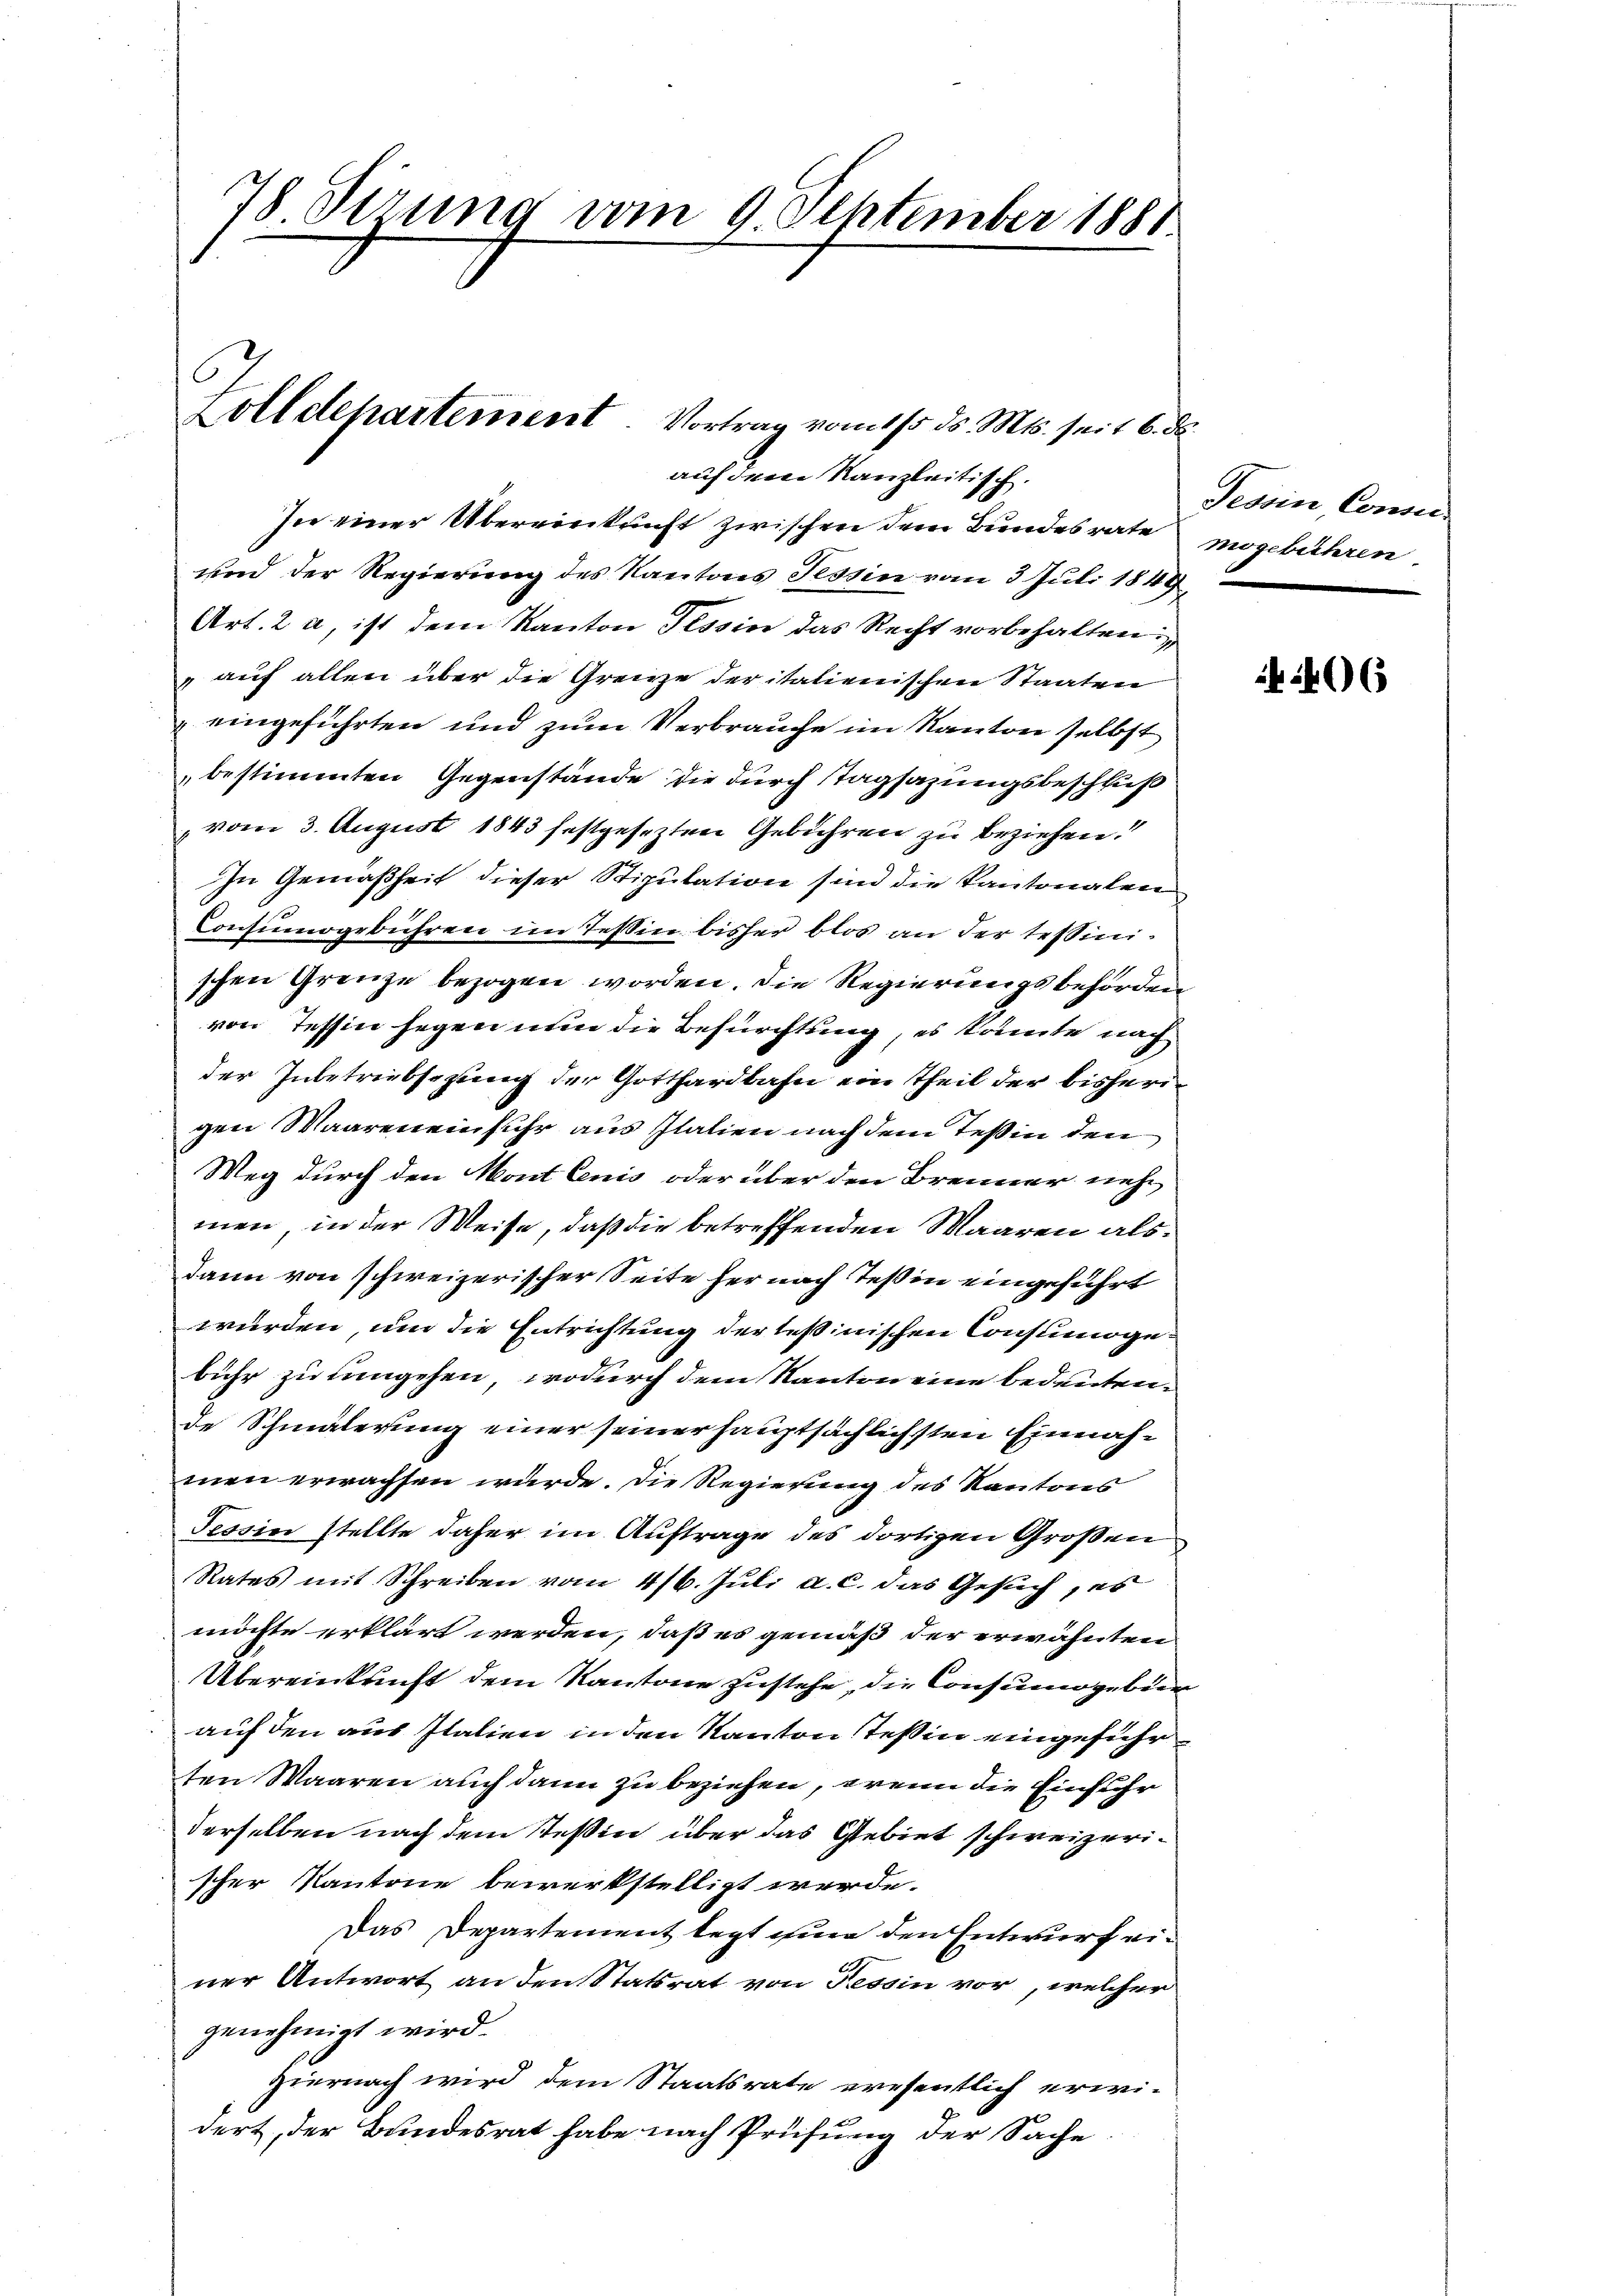
78 Sizung vom 9. September 1881.

auf dem Kanzleitisch.
In einer Übereinkunft zwischen dem Bundesrate
und der Regierung des Kantons Tessin vom 3. Juli 1849,
Art. 2 a, ist dem Kanton Tessin das Recht vorbehalten
 auf allen über die Grenze der italienischen Staaten
eingeführten und zum Verbrauche im Kanton selbst
bestimmten Gegenstände die durch Tagsazungsbeschluß
vom 3. August 1843 festgesezten Gebühren zu beziehen.
In Gemäßheit dieser Stipulation sind die kantonalen
Consumogebühren im Tessin bisher blos an der Tessinischen Grenze bezogen worden. Die Regierungsbehörden
von Tessin segen nun die Befürchtung, es könnte nach
der Inbetriebsazung der Gotthardbahn ein Theil der bisherigen Waaren einfuhr aus Italien nach dem Teßin den
Weg durch den Mont lenis oder über den Brenner nehmen, in der Weise, daß die betreffenden Waaren als
Dann von schweizerischer Seite her nach Teßin eingeführt
wurden, um die Entrichtung der Teßinischen Consumogebühr zu eingehen, wodurch dem Kanton eine bedeutende Schmälerung einer seiner hauptsächlichsten Einnahmen erwachsen würde. Die Regierung des Kantons
Tessin stellte daher im Auftrage des dortigen Großen
Rates mit Schreiben vom 4/6. Juli a. c. das Gesuch, es
möchte erklärt werden, daß es gemäß der erwähnten
Übereinkunft dem Kantone zustehe, die Consumogebier
auf den aus Italien in den Kanton Teßin eingeführ
ten Waaren auch dann zu beziehen, wenn die Einfuhr
derselben nach dem Teßin über das Gebiet schweizerischer Kantone bewerkstelligt werde.
Das Departement legt eine den Entwurf einer Antwort an den Statsrat von Tessin vor, welcher
genehmigt wird.
Hiernach wird dem Staatsrate eresentlich erwi-
dert, der Bundesrat habe nach Prüfung der Sache

Dolldepartement. Vortrag vom 115. ds. Mts. seit 6. d.

Tessin Concer
mogebühren

406